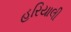
હરિયાલી